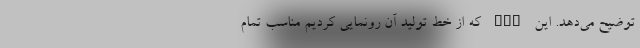
توضیح می‌دهد. این ECU که از خط تولید آن رونمایی کردیم مناسب تمام